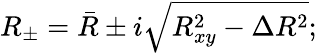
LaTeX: R_{\pm}=\bar{R}\pm i\sqrt{R_{xy}^{2}-\Delta R^{2}};